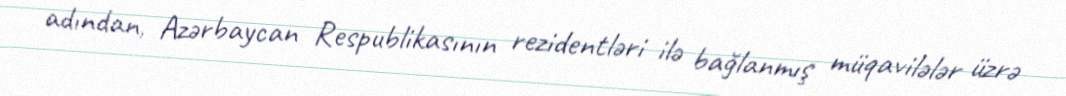
adından, Azərbaycan Respublikasının rezidentləri ilə bağlanmış müqavilələr üzrə